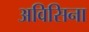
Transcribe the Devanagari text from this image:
अविसिना